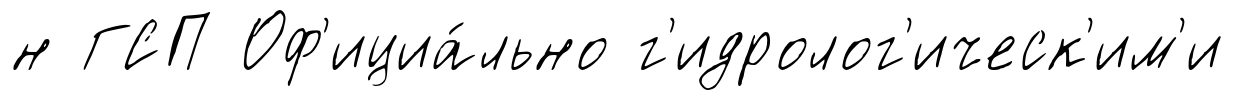
н ГСП Оф'ициа́льно г'идролог'ическ'им'и